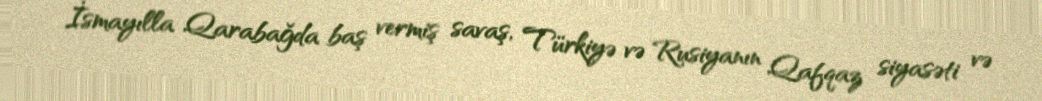
İsmayılla Qarabağda baş vermiş savaş, Türkiyə və Rusiyanın Qafqaz siyasəti və